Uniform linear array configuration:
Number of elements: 4
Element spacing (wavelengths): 0.5
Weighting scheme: cosine
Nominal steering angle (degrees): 0
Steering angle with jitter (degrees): -1.546
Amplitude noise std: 0.05
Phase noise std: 0.05

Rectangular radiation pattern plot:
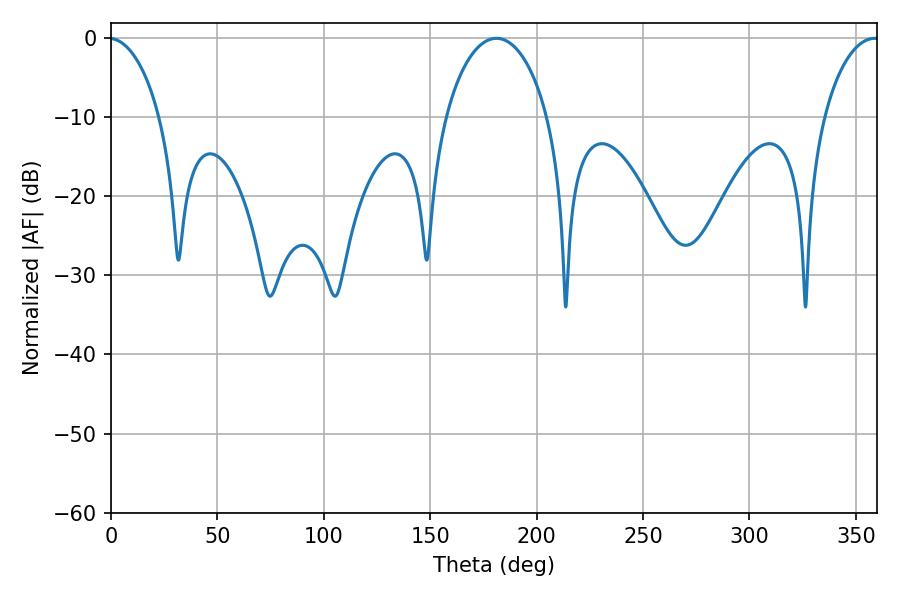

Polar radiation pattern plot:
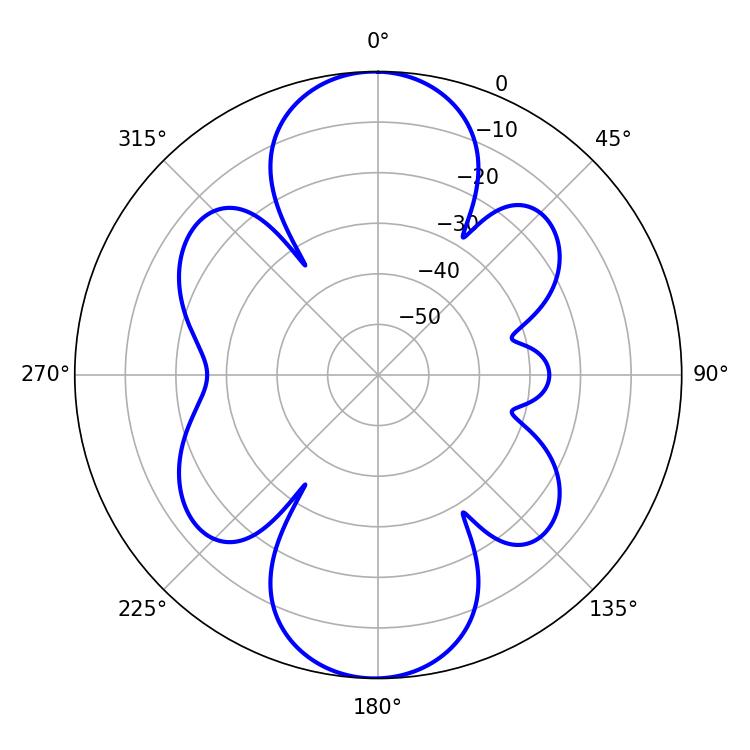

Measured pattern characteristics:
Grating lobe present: FALSE
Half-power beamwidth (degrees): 27.54
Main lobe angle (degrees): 181.08